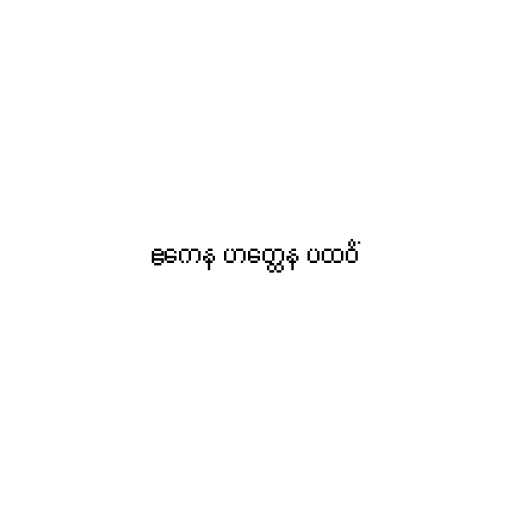
ဧကေန ဟတ္ထေန ပထဝိံ